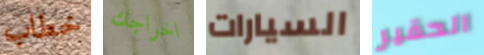
خطاب اخراجك السيارات الحقير